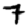
Digit: 7